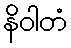
နိဝါတံ